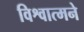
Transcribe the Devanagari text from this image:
विश्वात्मने